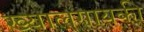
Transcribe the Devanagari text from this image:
ख्यालगायकी